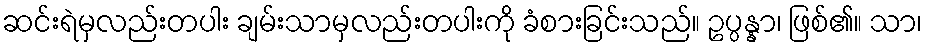
ဆင်းရဲမှလည်းတပါး ချမ်းသာမှလည်းတပါးကို ခံစားခြင်းသည်။ ဥပ္ပန္နာ၊ ဖြစ်၏။ သာ၊